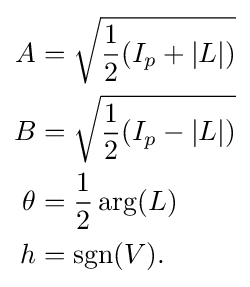
{\begin{aligned}A&={\sqrt {{\frac {1}{2}}(I_{p}+|L|)}}\\B&={\sqrt {{\frac {1}{2}}(I_{p}-|L|)}}\\\theta &={\frac {1}{2}}\arg(L)\\h&=\operatorname {sgn} (V).\\\end{aligned}}